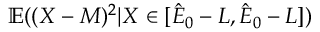
\mathbb { E } ( ( X - M ) ^ { 2 } | X \in [ \hat { E } _ { 0 } - L , \hat { E } _ { 0 } - L ] )